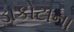
ડાકોટાના